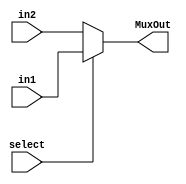
`timescale 1ns/1ns
module Mux8bit2to1(input select, input [7:0]in1,in2, output [7:0]MuxOut);
  assign MuxOut = select ? in1 : in2;
endmodule